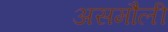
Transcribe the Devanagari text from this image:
असमौली